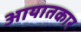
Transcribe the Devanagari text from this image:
आयातकार